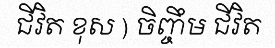
ជីវិត ខុស ) ចិញ្ចឹម ជីវិត